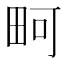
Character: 𪽎